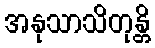
အနုသာသိတုန္တိ